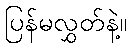
ပြန်မလွှတ်နဲ့။